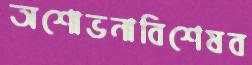
অশোভনাবিশেষব